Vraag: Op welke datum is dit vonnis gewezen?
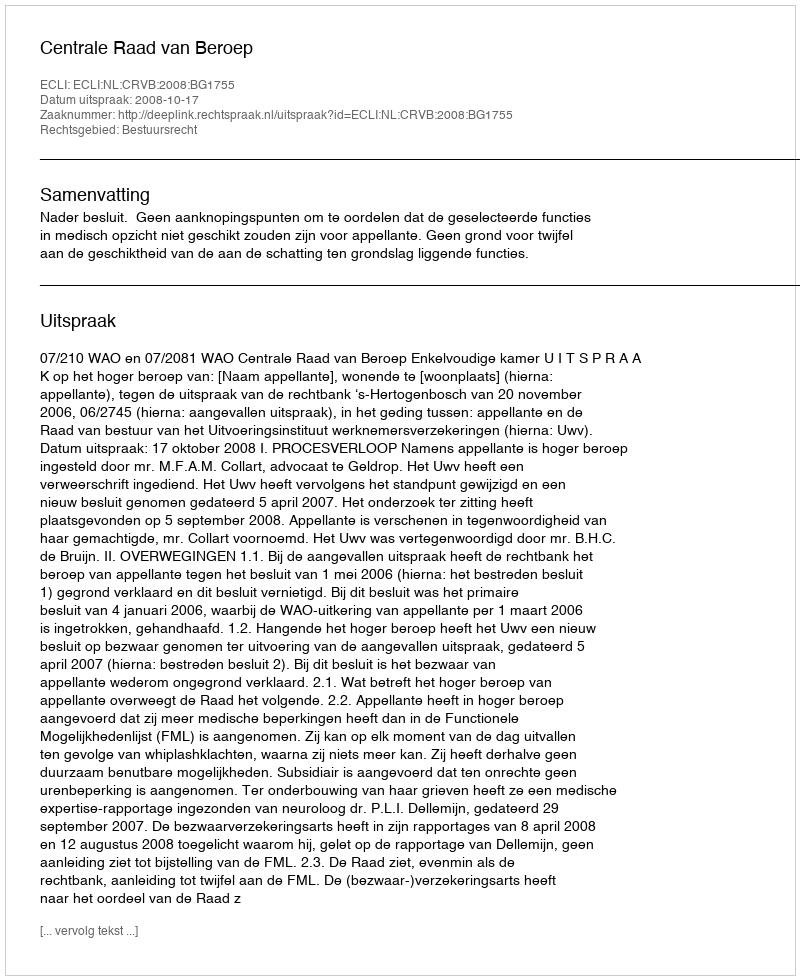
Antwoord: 2008-10-17